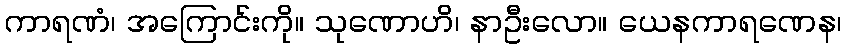
ကာရဏံ၊ အကြောင်းကို။ သုဏောဟိ၊ နာဦးလော။ ယေနကာရဏေန၊